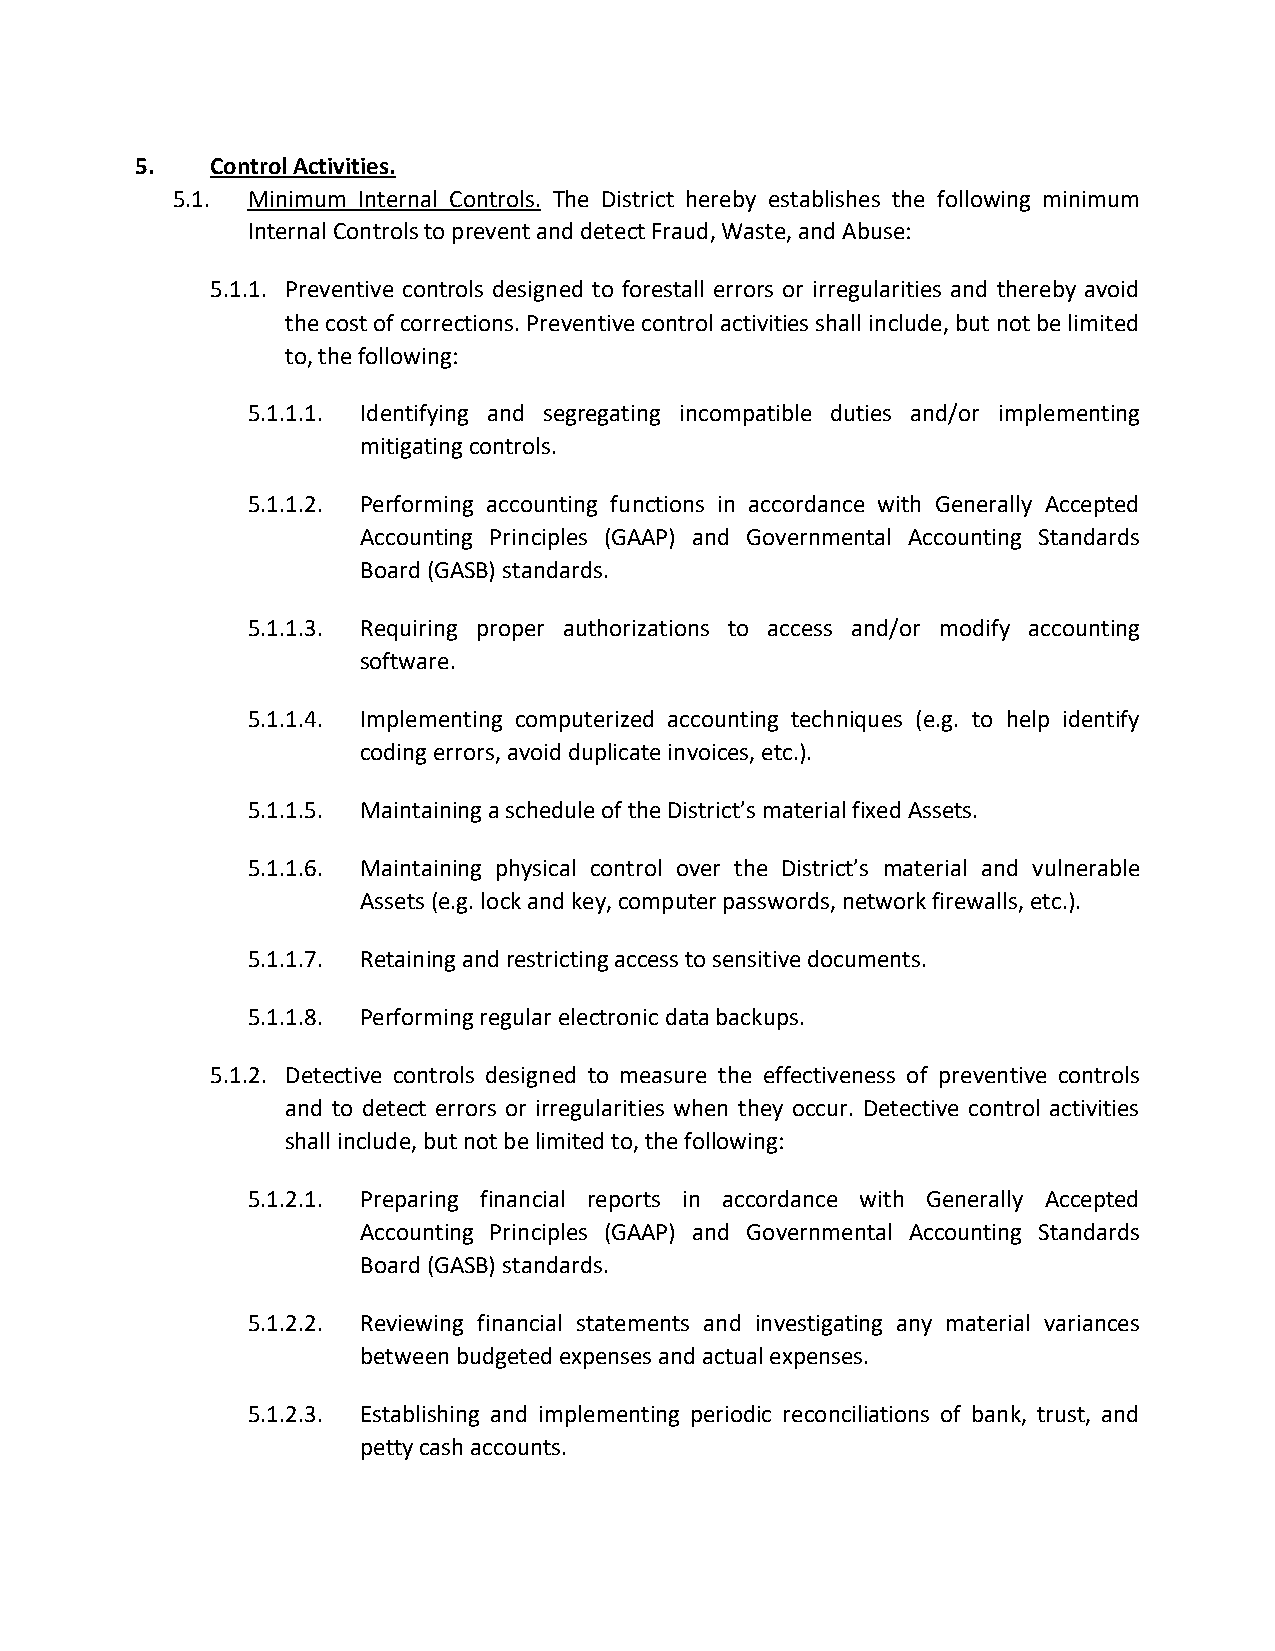
5.   Control Activities.
 5.1. Minimum Internal Controls. The District hereby establishes the following minimum
 Internal Controls to prevent and detect Fraud, Waste, and Abuse:
 5.1.1. Preventive controls designed to forestall errors or irregularities and thereby avoid
 the cost of corrections. Preventive control activities shall include, but not be limited
 to, the following:
 5.1.1.1. Identifying and segregating incompatible duties and/or implementing
 mitigating controls.
 5.1.1.2. Performing accounting functions in accordance with Generally Accepted
 Accounting Principles (GAAP) and Governmental Accounting Standards
 Board (GASB) standards.
 5.1.1.3. Requiring proper authorizations to access and/or modify accounting
 software.
 5.1.1.4. Implementing computerized accounting techniques (e.g. to help identify
 coding errors, avoid duplicate invoices, etc.).
 5.1.1.5. Maintaining a schedule of the District’s material fixed Assets.
 5.1.1.6. Maintaining physical control over the District’s material and vulnerable
 Assets (e.g. lock and key, computer passwords, network firewalls, etc.).
 5.1.1.7. Retaining and restricting access to sensitive documents.
 5.1.1.8. Performing regular electronic data backups.
 5.1.2. Detective controls designed to measure the effectiveness of preventive controls
 and to detect errors or irregularities when they occur. Detective control activities
 shall include, but not be limited to, the following:
 5.1.2.1. Preparing financial reports in accordance with Generally Accepted
 Accounting Principles (GAAP) and Governmental Accounting Standards
 Board (GASB) standards.
 5.1.2.2. Reviewing financial statements and investigating any material variances
 between budgeted expenses and actual expenses.
 5.1.2.3. Establishing and implementing periodic reconciliations of bank, trust, and
 petty cash accounts.